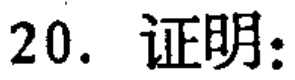
20. 证明：